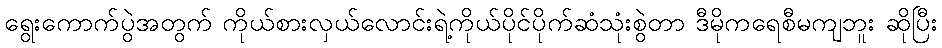
ရွေးကောက်ပွဲအတွက် ကိုယ်စားလှယ်လောင်းရဲ့ကိုယ်ပိုင်ပိုက်ဆံသုံးစွဲတာ ဒီမိုကရေစီမကျဘူး ဆိုပြီး